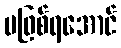
မဖြစ်ရအောင်